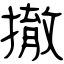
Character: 撤